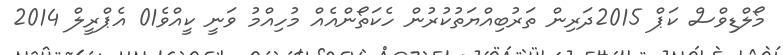
މޯލްޑިވްސް ކަޕް 2015ދަރިން ތަރުބިއްޔަތުކުރުން ހެކަތޯންއެއް މުހިއްމު ވަނީ ކީއްވެ01 އެޕްރީލް 2014